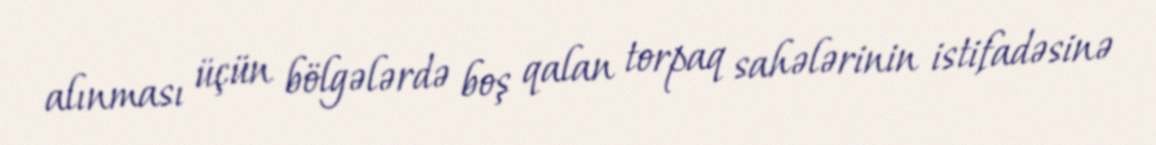
alınması üçün bölgələrdə boş qalan torpaq sahələrinin istifadəsinə